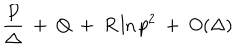
LaTeX: \frac { P } { \Delta } ~ + ~ Q ~ + ~ R \ln p ^ { 2 } ~ + ~ O ( \Delta )